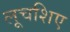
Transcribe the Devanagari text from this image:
लूचशिए